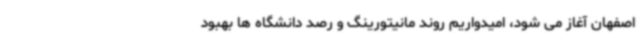
اصفهان آغاز می شود، امیدواریم روند مانیتورینگ و رصد دانشگاه ها بهبود